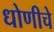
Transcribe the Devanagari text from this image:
धोणीचे